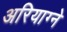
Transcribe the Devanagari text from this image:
अरियाग्ने